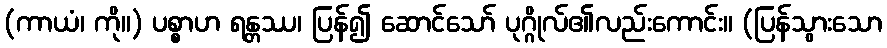
(ကာယံ၊ ကို။) ပစ္စာဟ ရန္တဿ၊ ပြန်၍ ဆောင်သော် ပုဂ္ဂိုလ်၏လည်းကောင်း။ (ပြန်သွားသော